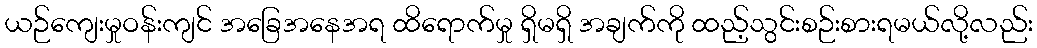
ယဉ်ကျေးမှုဝန်းကျင် အခြေအနေအရ ထိရောက်မှု ရှိမရှိ အချက်ကို ထည့်သွင်းစဉ်းစားရမယ်လို့လည်း